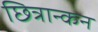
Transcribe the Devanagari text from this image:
छित्रान्कन